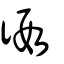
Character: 徦